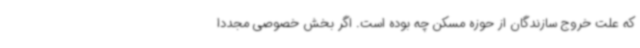
که علت خروج سازندگان از حوزه مسکن چه بوده است. اگر بخش خصوصی مجددا